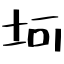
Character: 坷